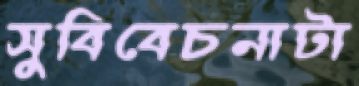
সুবিবেচনাটা